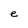
Character: e